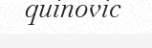
quinovic